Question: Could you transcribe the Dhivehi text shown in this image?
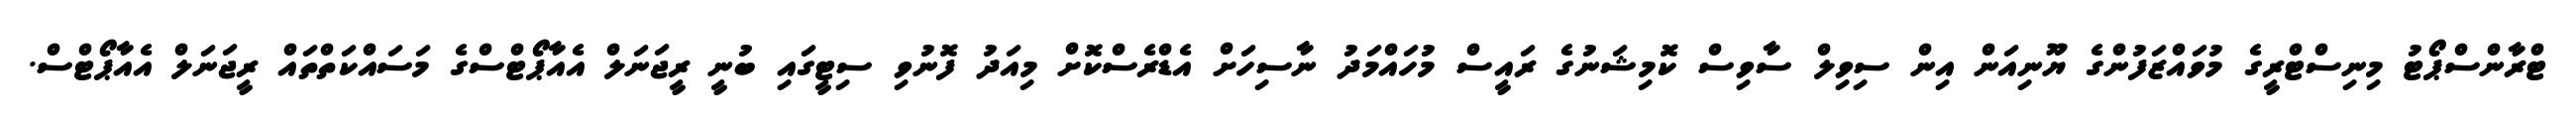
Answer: ޓްރާންސްޕޯޓު މިނިސްޓްރީގެ މުވައްޒަފުންގެ ޔޫނިއަން އިން ސިވިލް ސާވިސް ކޮމިޝަނުގެ ރައީސް މުހައްމަދު ނާސިހަށް އެޑްރެސްކޮށް މިއަދު ފޮނުވި ސިޓީގައި ބުނީ ރީޖަނަލް އެއާޕޯޓްސްގެ މަސައްކަތްތައް ރީޖަނަލް އެއާޕޯޓްސް.